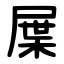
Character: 屟